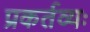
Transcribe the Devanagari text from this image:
प्रकर्तव्यः